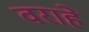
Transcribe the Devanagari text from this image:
वराहे